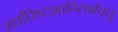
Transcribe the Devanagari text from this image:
सर्वारिष्टशान्तिर्भवतु